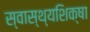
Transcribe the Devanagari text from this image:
स्वास्थ्यशिक्षा